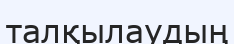
талқылаудың